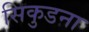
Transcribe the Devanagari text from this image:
सिकुडना